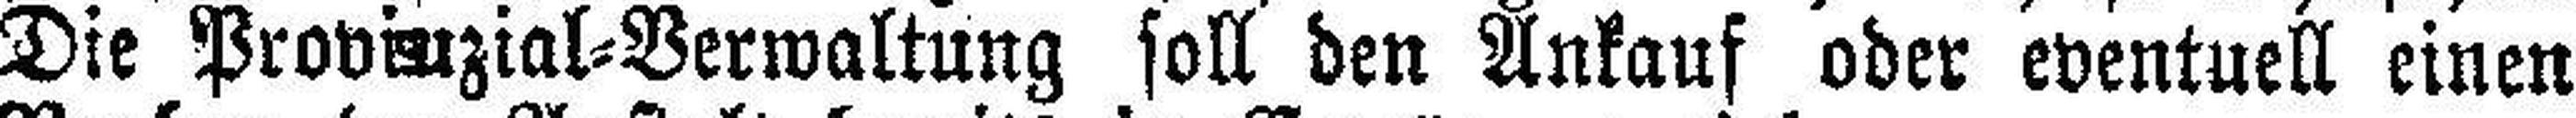
Die Provinzial=Verwaltung soll den Ankauf oder eventuell einen